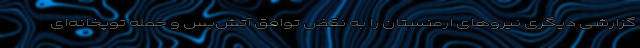
گزارشی دیگری نیروهای ارمنستان را به نقض توافق آتش‌بس و حمله توپخانه‌ای